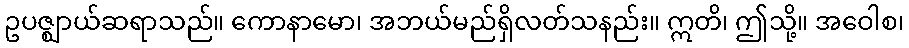
ဥပဇ္ဈာယ်ဆရာသည်။ ကောနာမော၊ အဘယ်မည်ရှိလတ်သနည်း။ ဣတိ၊ ဤသို့။ အဝေါစ၊